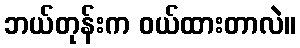
ဘယ်တုန်းက ဝယ်ထားတာလဲ။